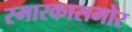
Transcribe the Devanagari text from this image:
स्मारकासमोर